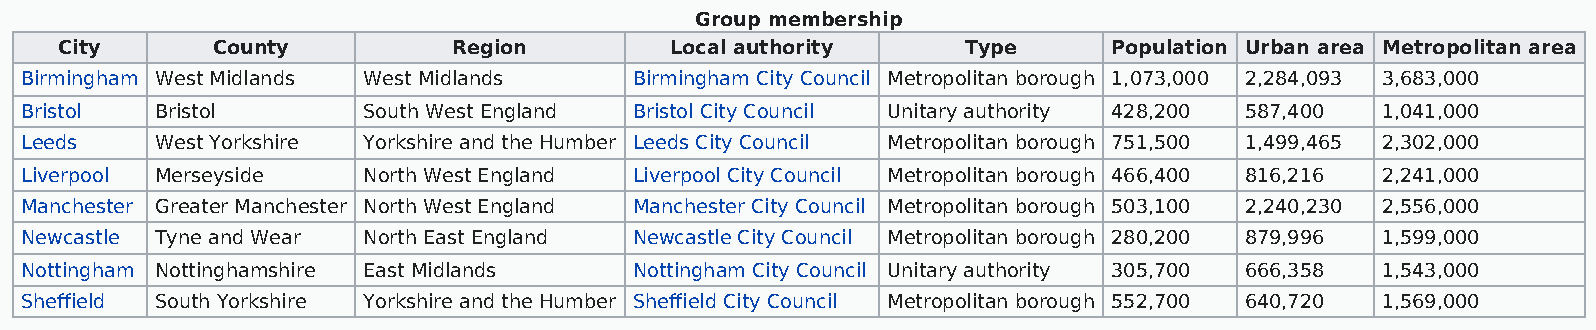
Group membership
 City      County          Region        Local authority     Type      Population Urban area Metropolitan area
 Birmingham West Midlands West Midlands   Birmingham City Council Metropolitan borough 1,073,000 2,284,093 3,683,000
 Bristol  Bristol       South West England Bristol City Council Unitary authority 428,200 587,400 1,041,000
 Leeds    West Yorkshire Yorkshire and the Humber Leeds City Council Metropolitan borough 751,500 1,499,465 2,302,000
 Liverpool Merseyside   North West England Liverpool City Council Metropolitan borough 466,400 816,216 2,241,000
 Manchester Greater Manchester North West England Manchester City Council Metropolitan borough 503,100 2,240,230 2,556,000
 Newcastle Tyne and Wear North East England Newcastle City Council Metropolitan borough 280,200 879,996 1,599,000
 Nottingham Nottinghamshire East Midlands Nottingham City Council Unitary authority 305,700 666,358 1,543,000
 Sheffield South Yorkshire Yorkshire and the Humber Sheffield City Council Metropolitan borough 552,700 640,720 1,569,000